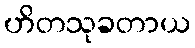
ဟိတသုခတာယ